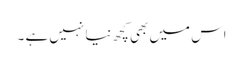
اس میں بھی کچھ نیا نہیں ہے ۔